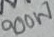
Text: 900W